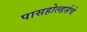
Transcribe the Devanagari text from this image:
पासहोल्डर्सचे